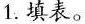
1.填表。